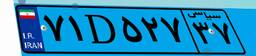
۳۰D۴۱۴۱۴